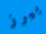
بيرز